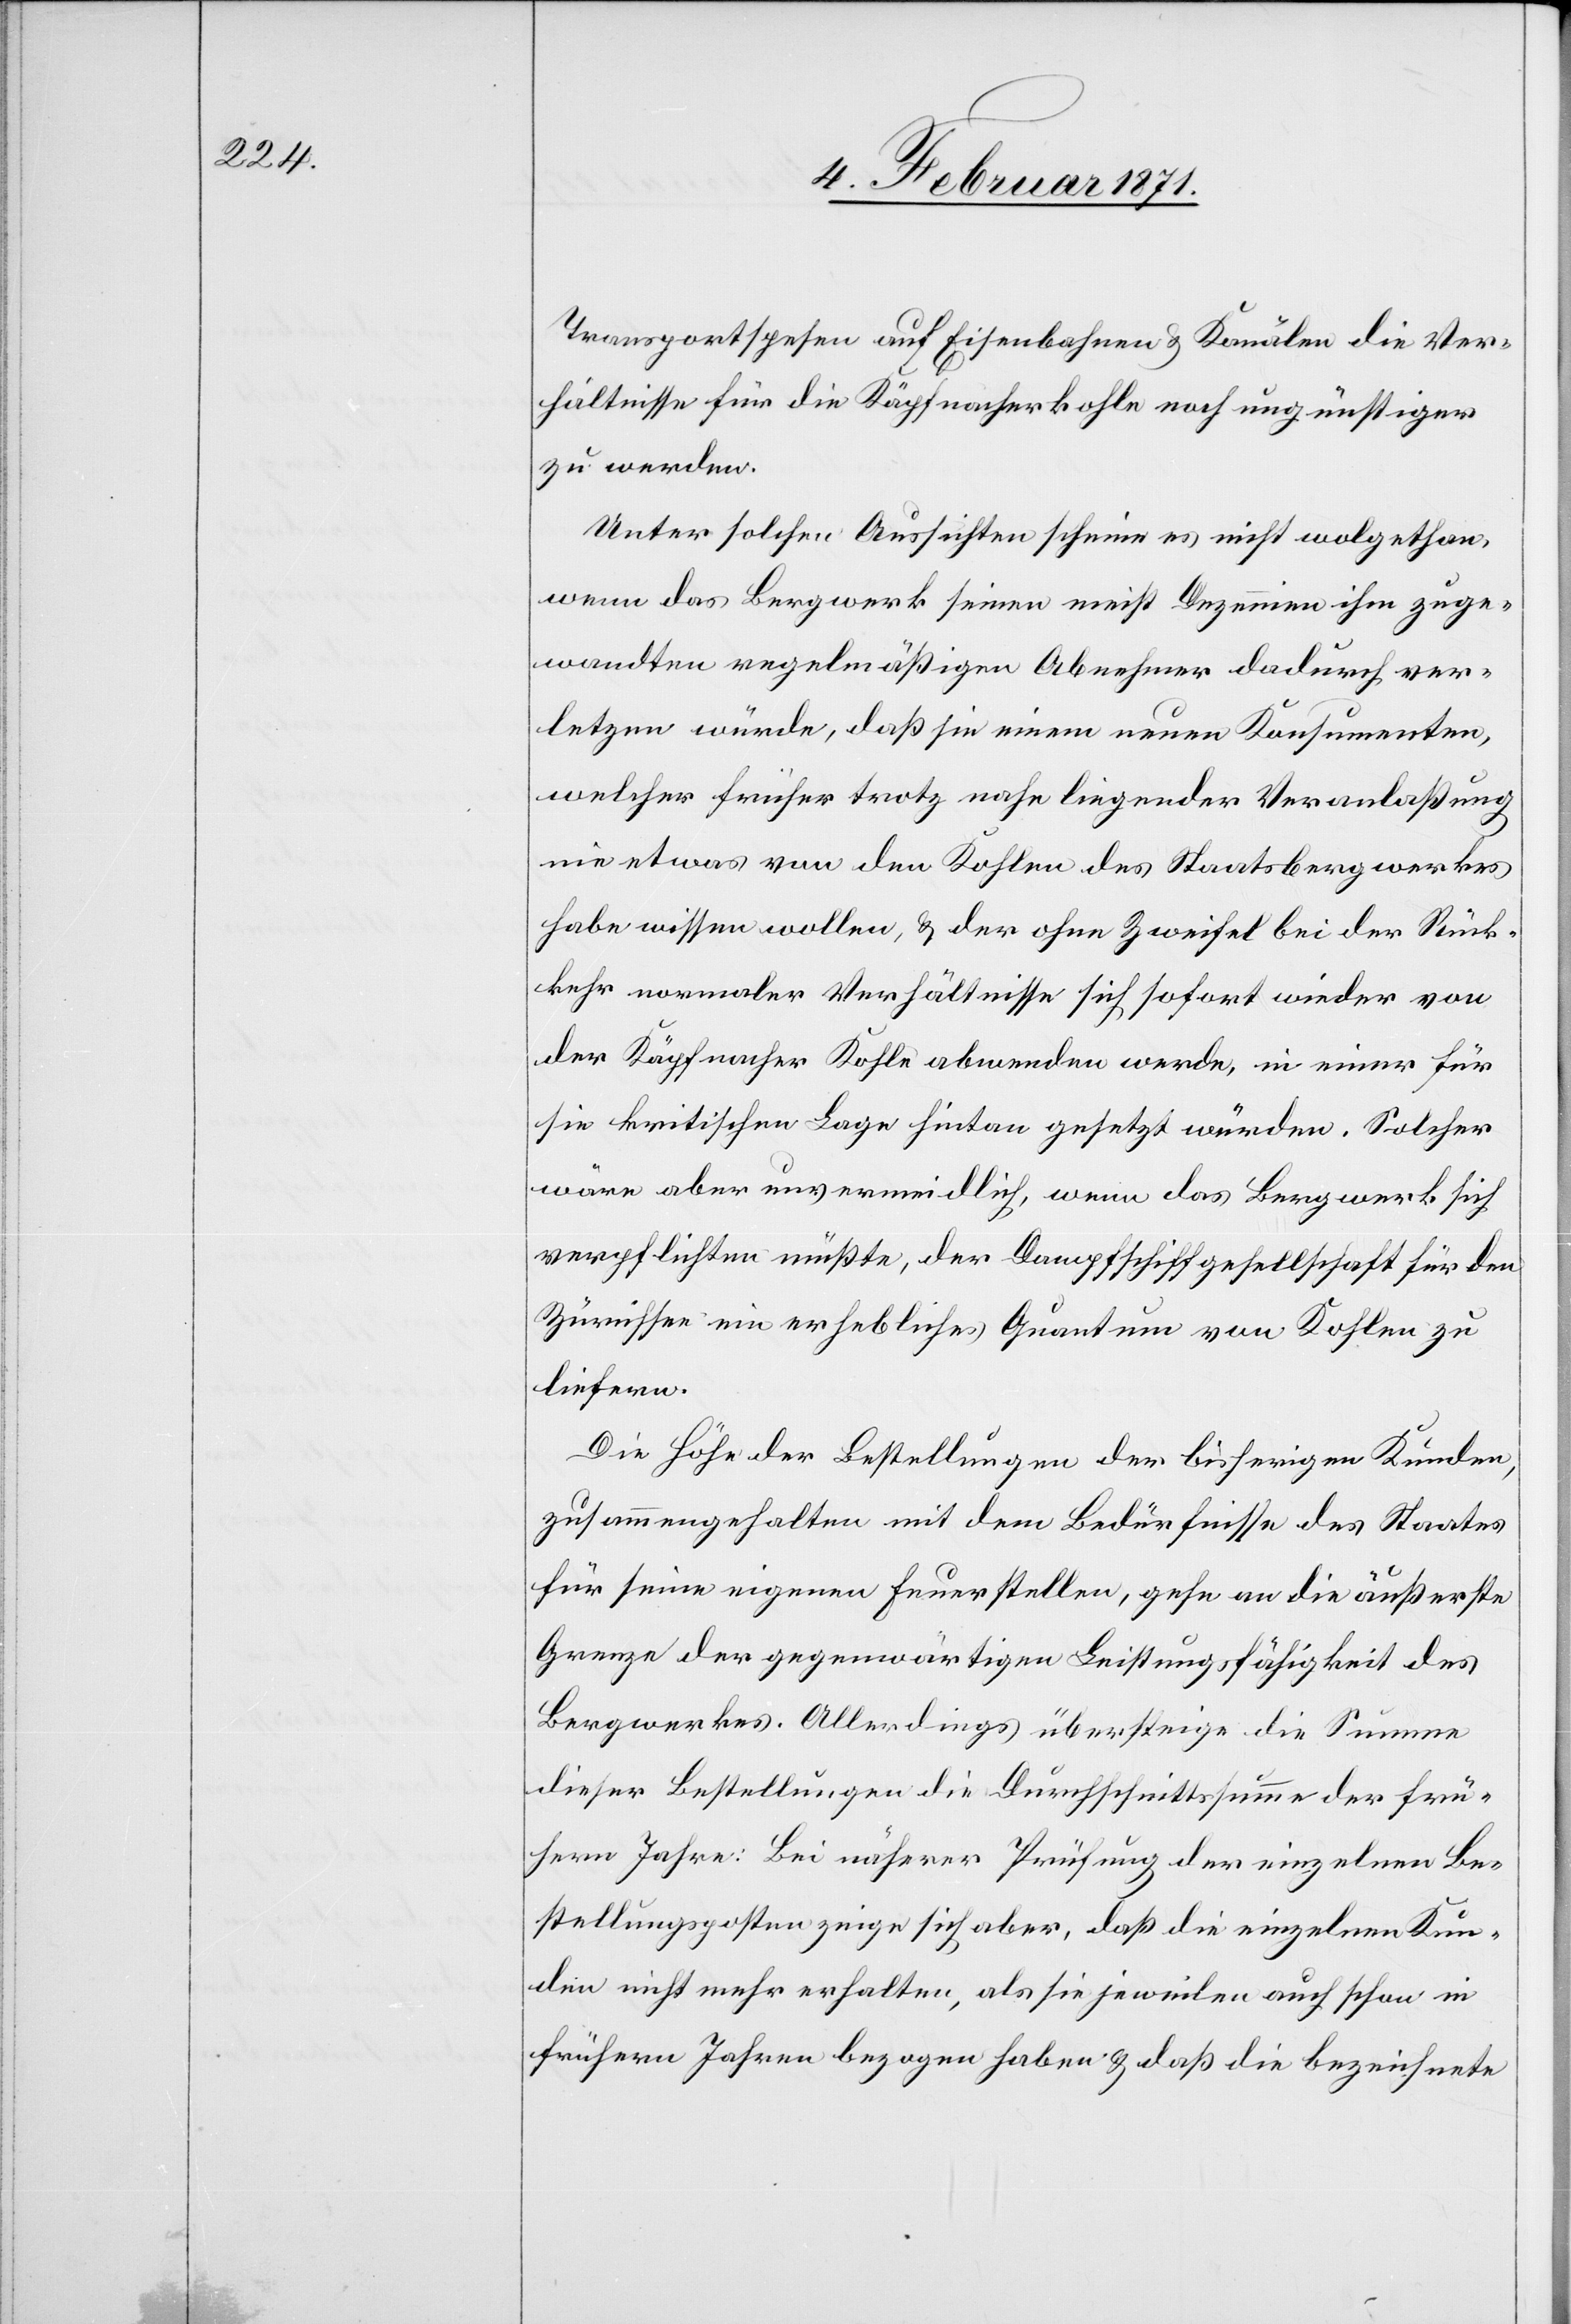
Transportspesen auf Eisenbahnen u. Kanälen die Ver¬
hältnisse für die Käpfnacherkohle noch ungünstiger
zu werden.
Unter solchen Aussichten scheine es nicht wolgethan,
wenn das Bergwerk seinen meist Dezennien ihm zuge¬
wandten regelmäßigen Abnehmer dadurch ver¬
letzen würde, daß sie einem neuen Konsumenten,
welcher früher trotz nahe liegender Veranlaßung
nie etwas von den Kohlen des Staatsbergwerkes
habe wissen wollen, u. der ohne Zweifel bei der Rück¬
kehr normaler Verhältnisse sich sofort wieder von
der Käpfnacher Kohle abwenden werden, in einer für
sie kritischen Lage hintan gesetzt würden. Solcher
wäre aber unvermeidlich, wenn das Bergwerk sich
verpflichten müßte, der Dampfschiffgesellschaft für den
Zürichsee ein erhebliches Quantum von Kohlen zu
liefern.
Die Höhe der Bestellungen der bisherigen Kunden
zusammengehalten mit dem Bedürfnisse des Staates
für seine eigenen Feuerstellen, gehe an die äußerste
Grenze der gegenwärtigen Leistungsfähigkeit des
Bergwerkes. Allerdings übersteige die Summe
dieser Bestellungen die Durchschnittssumme der frü¬
hern Jahre: Bei näherer Prüfung der einzelnen Be¬
stellungsposten zeige sich aber, daß die einzelnen Kun¬
den nicht mehr erhalten, als sie jeweilen auch schon in
frühern Jahren bezogen haben u. daß die bezeichnete